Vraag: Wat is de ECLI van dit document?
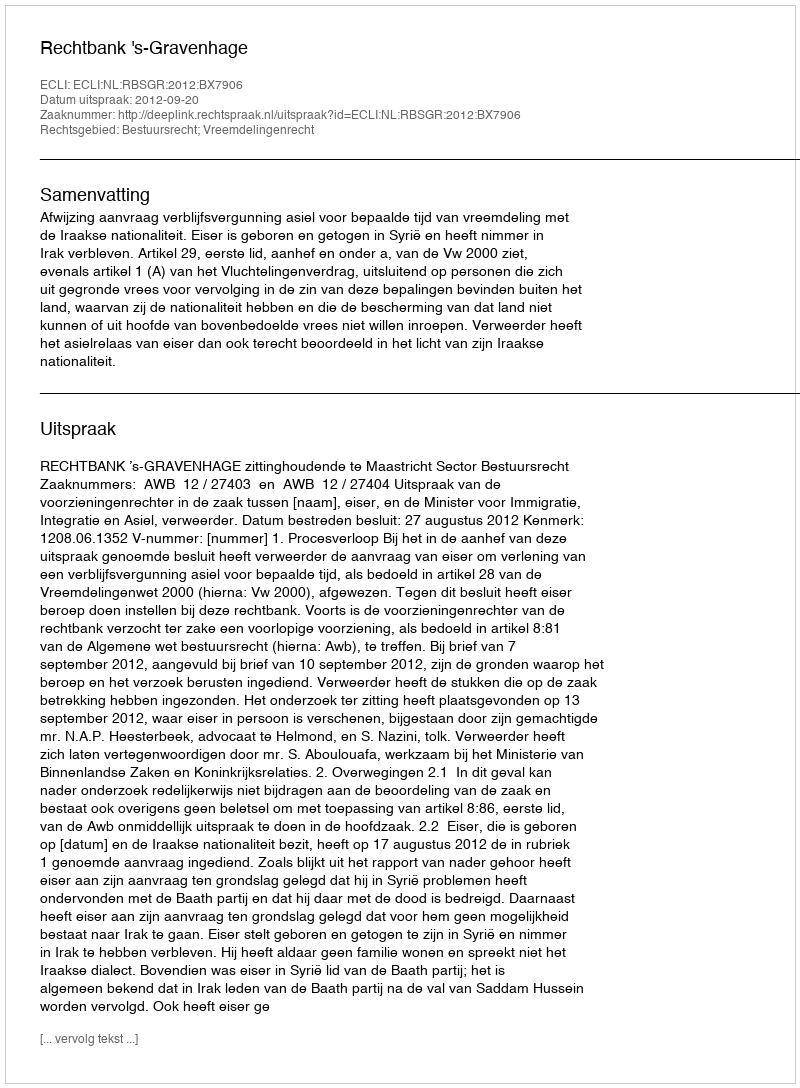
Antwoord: ECLI:NL:RBSGR:2012:BX7906